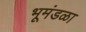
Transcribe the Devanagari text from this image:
भूमंडळा